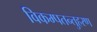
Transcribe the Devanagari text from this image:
विकम्पतन्तुहरण